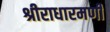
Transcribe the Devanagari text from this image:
श्रीराधारमणी